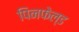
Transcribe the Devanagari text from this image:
पिनफेल्ड